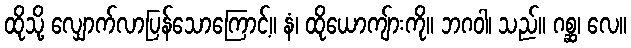
ထိုသို့ လျှောက်လာပြန်သောကြောင့်။ နံ၊ ထိုယောကျ်ားကို။ ဘဂဝါ၊ သည်။ ဂစ္ဆ၊ လေ။